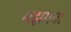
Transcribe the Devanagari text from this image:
मझगवा